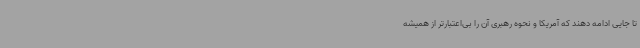
تا جایی ادامه دهند که آمریکا و نحوه رهبری آن را بی‌اعتبارتر از همیشه